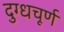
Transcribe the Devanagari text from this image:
दुग्धचूर्ण